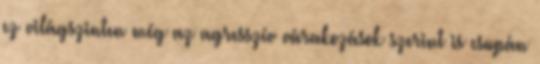
ez világszinten még az agresszív várakozások szerint is csupán